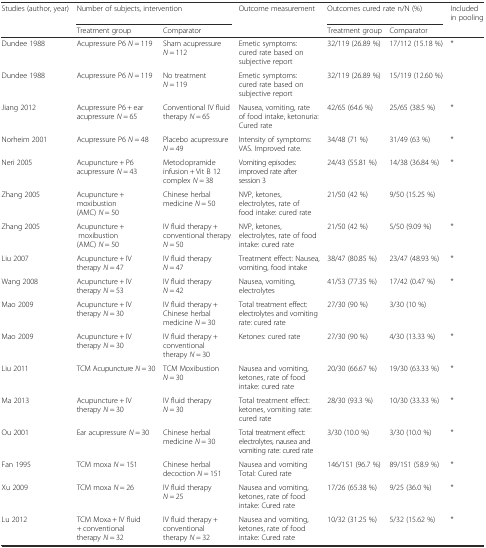
<table><thead><tr><td><b>Studies (author, year)</b></td><td colspan="2"><b>Number of subjects, intervention</b></td><td><b>Outcome measurement</b></td><td colspan="2"><b>Outcomes cured rate n/N (%)</b></td><td><b>Included in pooling</b></td></tr><tr><td></td><td><b>Treatment group</b></td><td><b>Comparator</b></td><td></td><td><b>Treatment group</b></td><td><b>Comparator</b></td><td></td></tr></thead><tbody><tr><td>Dundee 1988</td><td>Acupressure P6 <i>N</i> = 119</td><td>Sham acupressure <i>N</i> = 112</td><td>Emetic symptoms: cured rate based on subjective report</td><td>32/119 (26.89 %)</td><td>17/112 (15.18 %)</td><td>*</td></tr><tr><td>Dundee 1988</td><td>Acupressure P6 <i>N</i> = 119</td><td>No treatment <i>N</i> = 119</td><td>Emetic symptoms: cured rate based on subjective report</td><td>32/119 (26.89 %)</td><td>15/119 (12.60 %)</td><td></td></tr><tr><td>Jiang 2012</td><td>Acupressure P6 + ear acupressure <i>N</i> = 65</td><td>Conventional IV fluid therapy <i>N</i> = 65</td><td>Nausea, vomiting, rate of food intake, ketonuria: Cured rate</td><td>42/65 (64.6 %)</td><td>25/65 (38.5 %)</td><td>*</td></tr><tr><td>Norheim 2001</td><td>Acupressure P6 <i>N</i> = 48</td><td>Placebo acupressure <i>N</i> = 49</td><td>Intensity of symptoms: VAS. Improved rate.</td><td>34/48 (71 %)</td><td>31/49 (63 %)</td><td>*</td></tr><tr><td>Neri 2005</td><td>Acupuncture + P6 acupressure <i>N</i> = 43</td><td>Metoclopramide infusion + Vit B 12 complex <i>N</i> = 38</td><td>Vomiting episodes: improved rate after session 3</td><td>24/43 (55.81 %)</td><td>14/38 (36.84 %)</td><td>*</td></tr><tr><td>Zhang 2005</td><td>Acupuncture + moxibustion (AMC) <i>N</i> = 50</td><td>Chinese herbal medicine <i>N</i> = 50</td><td>NVP, ketones, electrolytes, rate of food intake: cured rate</td><td>21/50 (42 %)</td><td>9/50 (15.25 %)</td><td></td></tr><tr><td>Zhang 2005</td><td>Acupuncture + moxibustion (AMC) <i>N</i> = 50</td><td>IV fluid therapy + conventional therapy <i>N</i> = 50</td><td>NVP, ketones, electrolytes, rate of food intake: cured rate</td><td>21/50 (42 %)</td><td>5/50 (9.09 %)</td><td>*</td></tr><tr><td>Liu 2007</td><td>Acupuncture + IV therapy <i>N</i> = 47</td><td>IV fluid therapy <i>N</i> = 47</td><td>Treatment effect: Nausea, vomiting, food intake</td><td>38/47 (80.85 %)</td><td>23/47 (48.93 %)</td><td>*</td></tr><tr><td>Wang 2008</td><td>Acupuncture + IV therapy <i>N</i> = 53</td><td>IV fluid therapy <i>N</i> = 42</td><td>Nausea, vomiting, electrolytes</td><td>41/53 (77.35 %)</td><td>17/42 (0.47 %)</td><td>*</td></tr><tr><td>Mao 2009</td><td>Acupuncture + IV therapy <i>N</i> = 30</td><td>IV fluid therapy + Chinese herbal medicine <i>N</i> = 30</td><td>Total treatment effect: electrolytes and vomiting rate: cured rate</td><td>27/30 (90 %)</td><td>3/30 (10 %)</td><td></td></tr><tr><td>Mao 2009</td><td>Acupuncture + IV therapy <i>N</i> = 30</td><td>IV fluid therapy + conventional therapy <i>N</i> = 30</td><td>Ketones: cured rate</td><td>27/30 (90 %)</td><td>4/30 (13.33 %)</td><td>*</td></tr><tr><td>Liu 2011</td><td>TCM Acupuncture <i>N</i> = 30</td><td>TCM Moxibustion <i>N</i> = 30</td><td>Nausea and vomiting, ketones, rate of food intake: cured rate</td><td>20/30 (66.67 %)</td><td>19/30 (63.33 %)</td><td>*</td></tr><tr><td>Ma 2013</td><td>Acupuncture + IV therapy <i>N</i> = 30</td><td>IV fluid therapy <i>N</i> = 30</td><td>Total treatment effect: ketones, vomiting rate: cured rate</td><td>28/30 (93.3 %)</td><td>10/30 (33.33 %)</td><td>*</td></tr><tr><td>Ou 2001</td><td>Ear acupressure <i>N</i> = 30</td><td>Chinese herbal medicine <i>N</i> = 30</td><td>Total treatment effect: electrolytes, nausea and vomiting rate: cured rate</td><td>3/30 (10.0 %)</td><td>3/30 (10.0 %)</td><td>*</td></tr><tr><td>Fan 1995</td><td>TCM moxa <i>N</i> = 151</td><td>Chinese herbal decoction <i>N</i> = 151</td><td>Nausea and vomiting Total: Cured rate</td><td>146/151 (96.7 %)</td><td>89/151 (58.9 %)</td><td>*</td></tr><tr><td>Xu 2009</td><td>TCM moxa <i>N</i> = 26</td><td>IV fluid therapy <i>N</i> = 25</td><td>Nausea and vomiting, ketones, rate of food intake: Cured rate</td><td>17/26 (65.38 %)</td><td>9/25 (36.0 %)</td><td>*</td></tr><tr><td>Lu 2012</td><td>TCM Moxa + IV fluid + conventional therapy <i>N</i> = 32</td><td>IV fluid therapy + conventional therapy <i>N</i> = 32</td><td>Nausea and vomiting, ketones, rate of food intake: Cured rate</td><td>10/32 (31.25 %)</td><td>5/32 (15.62 %)</td><td>*</td></tr></tbody></table>